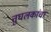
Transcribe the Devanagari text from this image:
तुघलकांचा